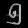
Digit: ၅